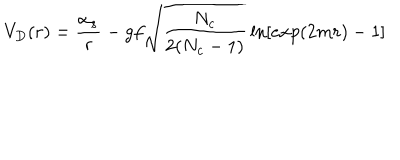
LaTeX: V _ { D } ( r ) = { \frac { \alpha _ { s } } { r } } - g f \sqrt { \frac { N _ { c } } { 2 ( N _ { c } - 1 ) } } \ln [ e x p ( 2 m r ) - 1 ] \qquad